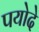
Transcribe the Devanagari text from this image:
पयोदे